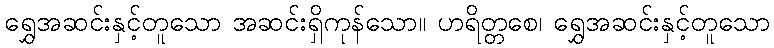
ရွှေအဆင်းနှင့်တူသော အဆင်းရှိကုန်သော။ ဟရိတ္တစေ၊ ရွှေအဆင်းနှင့်တူသော